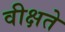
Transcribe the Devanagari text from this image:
वीक्षते